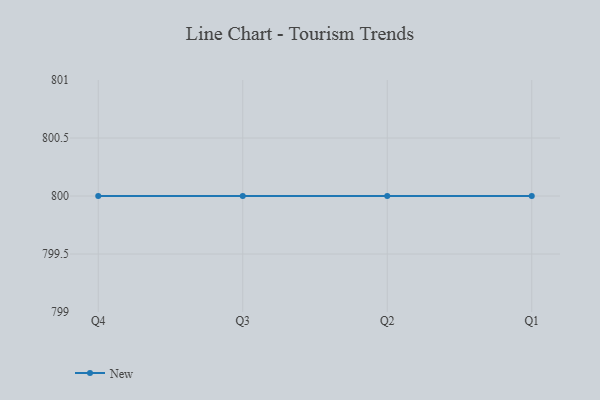
{"axis": {"x": "Quarter", "y": "Humidity (%)"}, "legend": ["New"], "data": [{"x": "Q4", "y": 800, "type": "New"}, {"x": "Q3", "y": 800, "type": "New"}, {"x": "Q2", "y": 800, "type": "New"}, {"x": "Q1", "y": 800, "type": "New"}]}